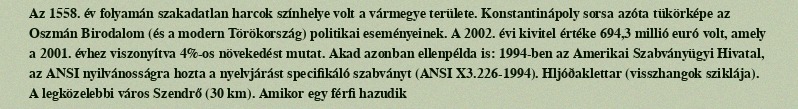
Az 1558. év folyamán szakadatlan harcok színhelye volt a vármegye területe. Konstantinápoly sorsa azóta tükörképe az Oszmán Birodalom (és a modern Törökország) politikai eseményeinek. A 2002. évi kivitel értéke 694,3 millió euró volt, amely a 2001. évhez viszonyítva 4%-os növekedést mutat. Akad azonban ellenpélda is: 1994-ben az Amerikai Szabványügyi Hivatal, az ANSI nyilvánosságra hozta a nyelvjárást specifikáló szabványt (ANSI X3.226-1994). Hljóðaklettar (visszhangok sziklája). A legközelebbi város Szendrő (30 km). Amikor egy férfi hazudik